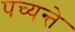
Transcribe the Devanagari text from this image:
पच्यन्ते